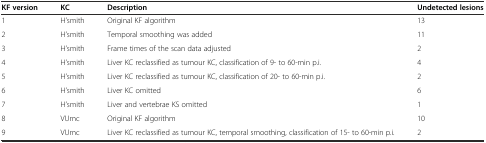
| KF version | KC | Description | Undetected lesions |
 | --- | --- | --- | --- |
 | 1 | H’smith | Original KF algorithm | 13 |
 | 2 | H’smith | Temporal smoothing was added | 11 |
 | 3 | H’smith | Frame times of the scan data adjusted | 2 |
 | 4 | H’smith | Liver KC reclassified as tumour KC, classification of 9- to 60-min p.i. | 4 |
 | 5 | H’smith | Liver KC reclassified as tumour KC, classification of 20- to 60-min p.i. | 2 |
 | 6 | H’smith | Liver KC omitted | 6 |
 | 7 | H’smith | Liver and vertebrae KS omitted | 1 |
 | 8 | VUmc | Original KF algorithm | 10 |
 | 9 | VUmc | Liver KC reclassified as tumour KC, temporal smoothing, classification of 15- to 60-min p.i. | 2 |